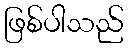
ဖြစ်ပါသည်